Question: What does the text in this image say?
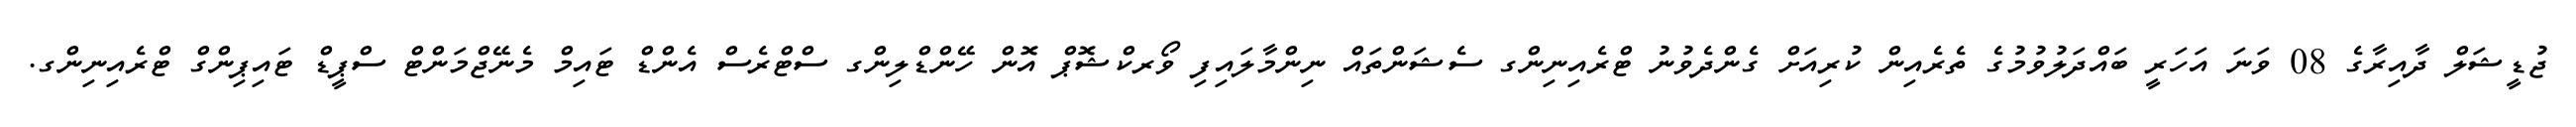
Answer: ޖުޑީޝަލް ދާއިރާގެ 08 ވަނަ އަހަރީ ބައްދަލުވުމުގެ ތެރެއިން ކުރިއަށް ގެންދެވުނު ޓްރެއިނިންގ ސެޝަންތައް ނިންމާލައިފި ވޯރކްޝޮޕް އޮން ހޭންޑްލިންގ ސްޓްރެސް އެންޑް ޓައިމް މެނޭޖްމަންޓް ސްޕީޑް ޓައިޕިންގް ޓްރެއިނިންގ.